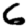
Digit: 6